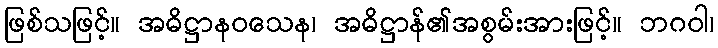
ဖြစ်သဖြင့်။ အဓိဋ္ဌာနဝသေန၊ အဓိဋ္ဌာန်၏အစွမ်းအားဖြင့်။ ဘဂဝါ၊